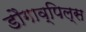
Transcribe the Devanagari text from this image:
डौगाव्पिल्स